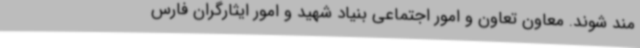
مند شوند. معاون تعاون و امور اجتماعی بنیاد شهید و امور ایثارگران فارس